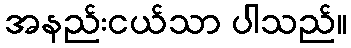
အနည်းငယ်သာ ပါသည်။